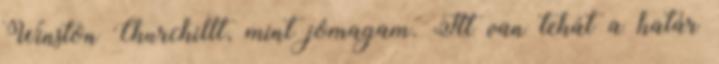
Winston Churchillt, mint jó­magam. Itt van tehát a határ